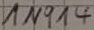
Text: IN914